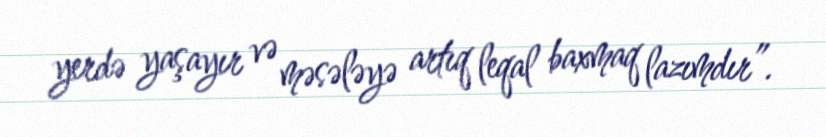
yerdə yaşayır və məsələyə artıq leqal baxmaq lazımdır”.